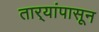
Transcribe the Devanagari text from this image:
तार्‍यांपासून